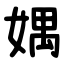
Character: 媀